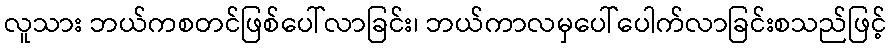
လူသား ဘယ်ကစတင်ဖြစ်ပေါ်လာခြင်း၊ ဘယ်ကာလမှပေါ်ပေါက်လာခြင်းစသည်ဖြင့်